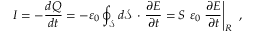
I = - { \frac { d Q } { d t } } = - \varepsilon _ { 0 } \oint _ { \mathcal { \boldsymbol { S } } } d \mathbf { \mathcal { S } } \ { \boldsymbol { \cdot } } \ { \frac { \partial { \boldsymbol { E } } } { \partial t } } = { S } \ \varepsilon _ { 0 } \left. { \frac { \partial E } { \partial t } } \right| _ { R } \ ,